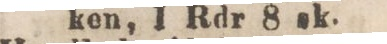
ken, I Rdr 8 sk.